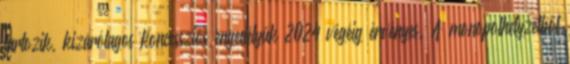
tartozik, kizárólagos koncessziós engedélyük 2024 végéig érvényes. A monopolhelyzetből